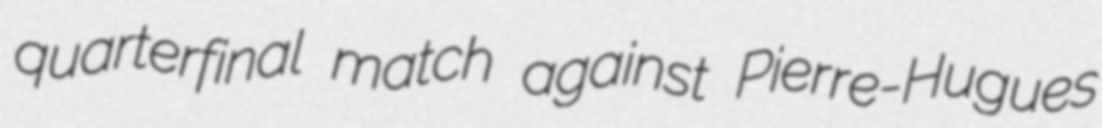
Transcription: quarterfinal match against Pierre-Hugues